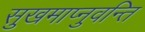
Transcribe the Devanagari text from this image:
सुखमाप्नुवन्ति